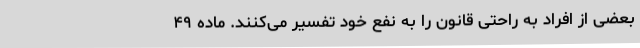
بعضی از افراد به راحتی قانون را به نفع خود تفسیر می‌کنند. ماده ۴۹